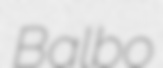
Balbo